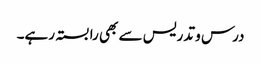
درس و تدریس سے بھی رابستہ رہے۔